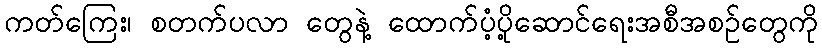
ကတ်ကြေး၊ စတက်ပလာ တွေနဲ့ ထောက်ပံ့ပို့ဆောင်ရေးအစီအစဉ်တွေကို